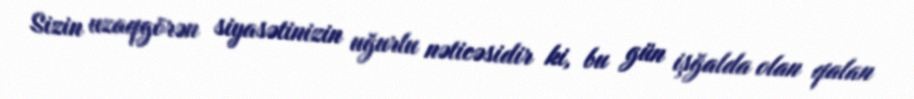
Sizin uzaqgörən siyasətinizin uğurlu nəticəsidir ki, bu gün işğalda olan qalan